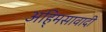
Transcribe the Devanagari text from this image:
अहि्मसावादी